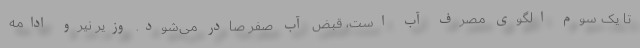
تا یک سوم الگوی مصرف آب است، قبض آب صفر صادر می‌شود. وزیر نیرو ادامه